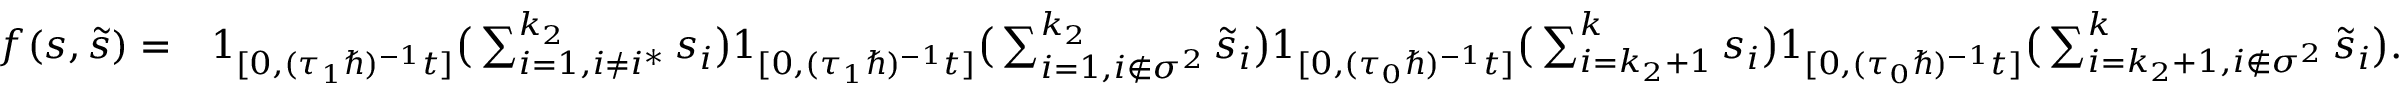
\begin{array} { r l } { f ( \boldsymbol { s } , \boldsymbol { \tilde { s } } ) = } & { \boldsymbol { 1 } _ { [ 0 , ( \tau _ { 1 } \hbar ) ^ { - 1 } t ] } \big ( \sum _ { i = 1 , i \neq i ^ { * } } ^ { k _ { 2 } } s _ { i } \big ) \boldsymbol { 1 } _ { [ 0 , ( \tau _ { 1 } \hbar ) ^ { - 1 } t ] } \big ( \sum _ { i = 1 , i \notin \sigma ^ { 2 } } ^ { k _ { 2 } } \tilde { s } _ { i } \big ) \boldsymbol { 1 } _ { [ 0 , ( \tau _ { 0 } \hbar ) ^ { - 1 } t ] } \big ( \sum _ { i = k _ { 2 } + 1 } ^ { k } s _ { i } \big ) \boldsymbol { 1 } _ { [ 0 , ( \tau _ { 0 } \hbar ) ^ { - 1 } t ] } \big ( \sum _ { i = k _ { 2 } + 1 , i \notin \sigma ^ { 2 } } ^ { k } \tilde { s } _ { i } \big ) . } \end{array}